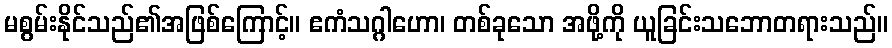
မစွမ်းနိုင်သည်၏အဖြစ်ကြောင့်။ ဧကံသဂ္ဂါဟော၊ တစ်ခုသော အဖို့ကို ယူခြင်းသဘောတရားသည်။